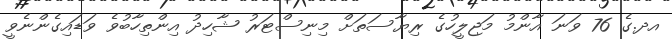
އދ.ގެ 76 ވަނަ އާންމު މަޖިލީހުގެ ރިޔާސަތަށް މިނިސްޓަރު ޝާހިދު އިންތިހާބުވެ ވަޑައިިގެންނެވީ